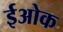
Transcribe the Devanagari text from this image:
ईओक